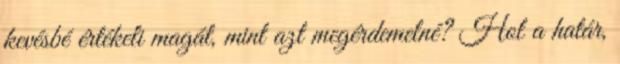
kevésbé értékeli magát, mint azt megérdemelné? Hol a határ,